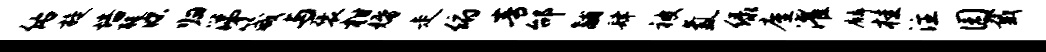
佑旋培醍源归涕箴与褒柑婚走俯青邰黼肆被氲绿廑濯麟桂注园戴